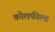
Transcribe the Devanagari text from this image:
काेलफील्ड